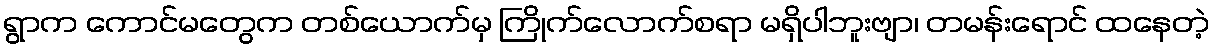
ရွာက ကောင်မတွေက တစ်ယောက်မှ ကြိုက်လောက်စရာ မရှိပါဘူးဗျာ၊ တမန်းရောင် ထနေတဲ့